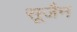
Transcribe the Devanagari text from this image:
सूजैन